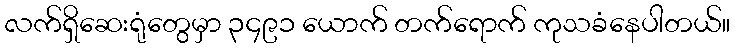
လက်ရှိဆေးရုံတွေမှာ ၃၄၉၁ ယောက် တက်ရောက် ကုသခံနေပါတယ်။